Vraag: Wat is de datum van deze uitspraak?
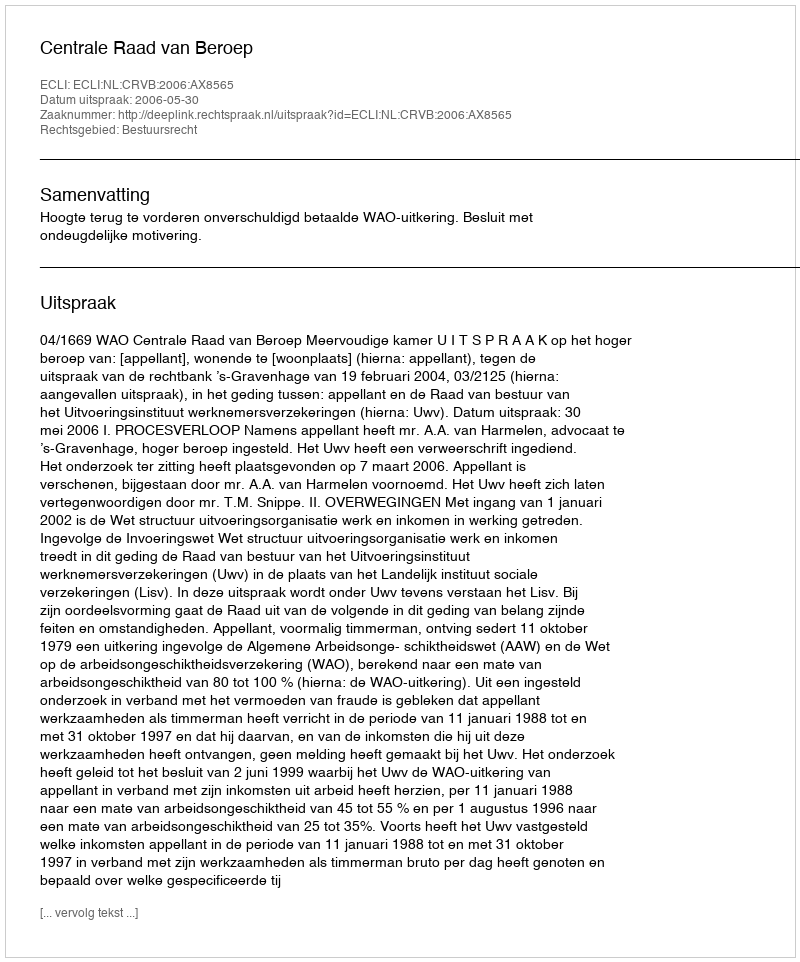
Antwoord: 2006-05-30